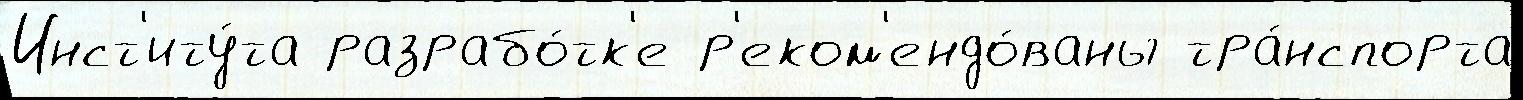
Инст'иту́та разрабо́тк'е р'еком'ендо́ваны тра́нспорта